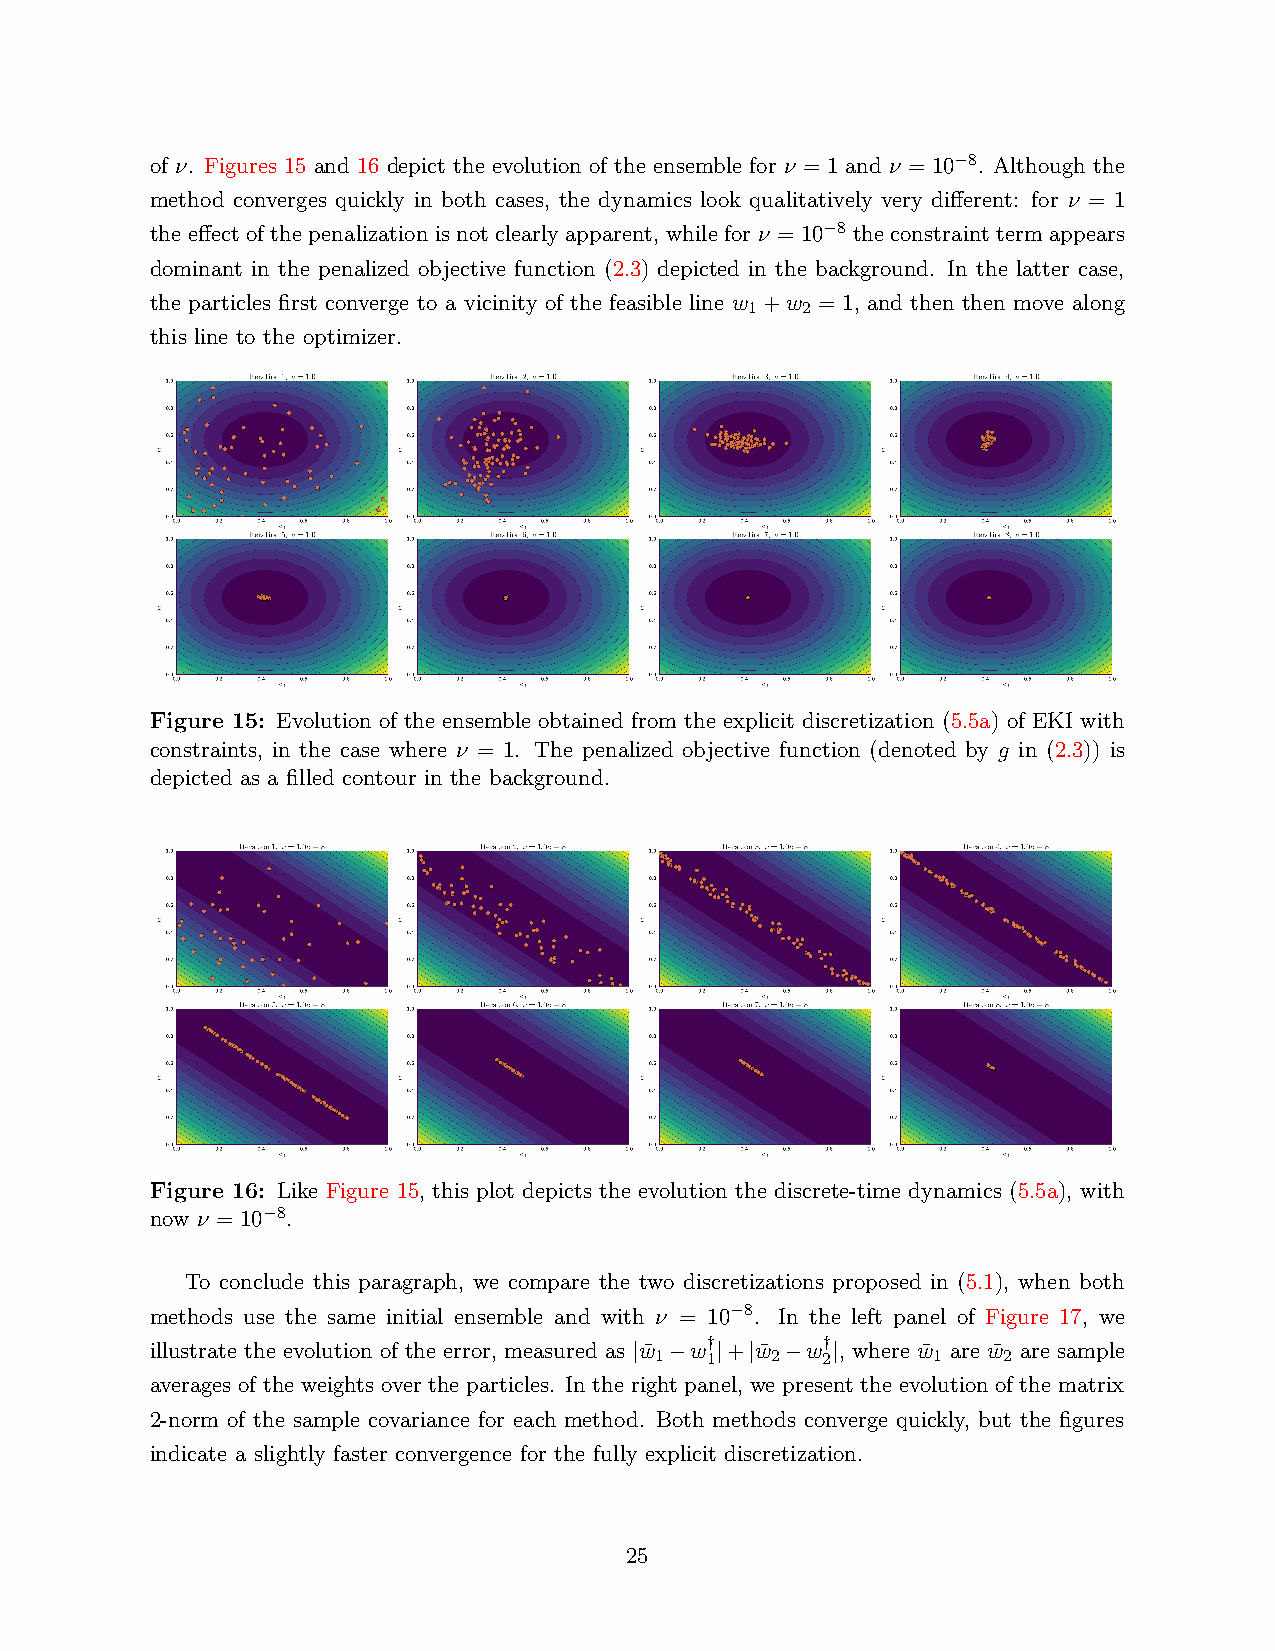
of ν. Figures 15 and 16 depict the evolution of the ensemble for ν = 1 and ν = 10−8. Although the
 method converges quickly in both cases, the dynamics look qualitatively very different: for ν = 1
 the effect of the penalization is not clearly apparent, while for ν = 10−8 the constraint term appears
 dominant in the penalized objective function (2.3) depicted in the background. In the latter case,
 the particles first converge to a vicinity of the feasible line w +w = 1, and then then move along
 1  2
 this line to the optimizer.
 Figure 15: Evolution of the ensemble obtained from the explicit discretization (5.5a) of EKI with
 constraints, in the case where ν = 1. The penalized objective function (denoted by g in (2.3)) is
 depicted as a filled contour in the background.
 Figure 16: Like Figure 15, this plot depicts the evolution the discrete-time dynamics (5.5a), with
 now ν = 10−8.
 To conclude this paragraph, we compare the two discretizations proposed in (5.1), when both
 methods use the same initial ensemble and with ν = 10−8. In the left panel of Figure 17, we
 illustrate the evolution of the error, measured as w¯ w† + w¯ w† , where w¯ are w¯ are sample
 | 1 − 1| | 2 − 2|   1   2
 averages of the weights over the particles. In the right panel, we present the evolution of the matrix
 2-norm of the sample covariance for each method. Both methods converge quickly, but the figures
 indicate a slightly faster convergence for the fully explicit discretization.
 25